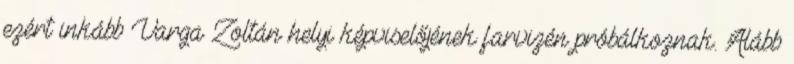
ezért inkább Varga Zoltán helyi képviselőjének farvizén próbálkoznak. Alább